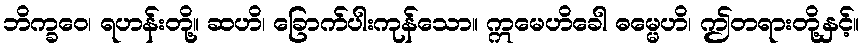
ဘိက္ခဝေ၊ ရဟန်းတို့။ ဆဟိ၊ ခြောက်ပါးကုန်သော။ ဣမေဟိခေါ ဓမ္မေဟိ၊ ဤတရားတို့နှင့်။